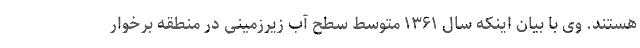
هستند. وی با بیان اینکه سال ۱۳۶۱ متوسط سطح آب زیرزمینی در منطقه برخوار